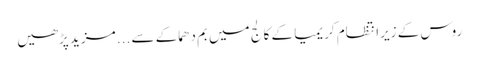
روس کے زیرانتظام کریمیا کے کالج میں بم دھماکے سے ... مزید پڑھیں